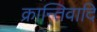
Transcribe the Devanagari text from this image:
क्रान्तिवादि